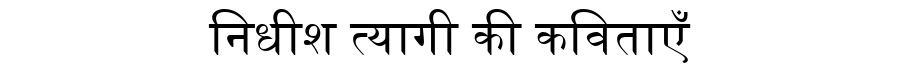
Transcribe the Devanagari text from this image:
निधीश त्यागी की कविताएँ